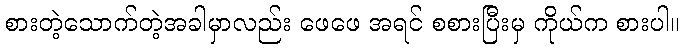
စားတဲ့သောက်တဲ့အခါမှာလည်း ဖေဖေ အရင် စစားပြီးမှ ကိုယ်က စားပါ။